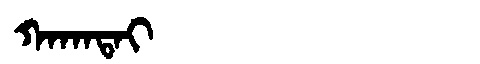
Manchu: ᡴᠠᡴᠠᡨᠠᡳ
Romanization: KAKATAI